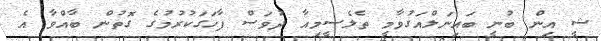
ޝީ އިން ބުނީ ބައިނަލްއަގުވާމީ ތެލެސީމިއާ ދުވަސް ފާހަގަކުރުމުގެ ގޮތުން ބާއްވާ އެ